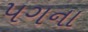
પગના